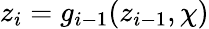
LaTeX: z_{i}=g_{i-1}(z_{i-1},\chi)